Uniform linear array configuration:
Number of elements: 8
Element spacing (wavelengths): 0.5
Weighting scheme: exponential
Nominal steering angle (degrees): -30
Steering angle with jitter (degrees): -31.097
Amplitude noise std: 0.05
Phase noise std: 0.05

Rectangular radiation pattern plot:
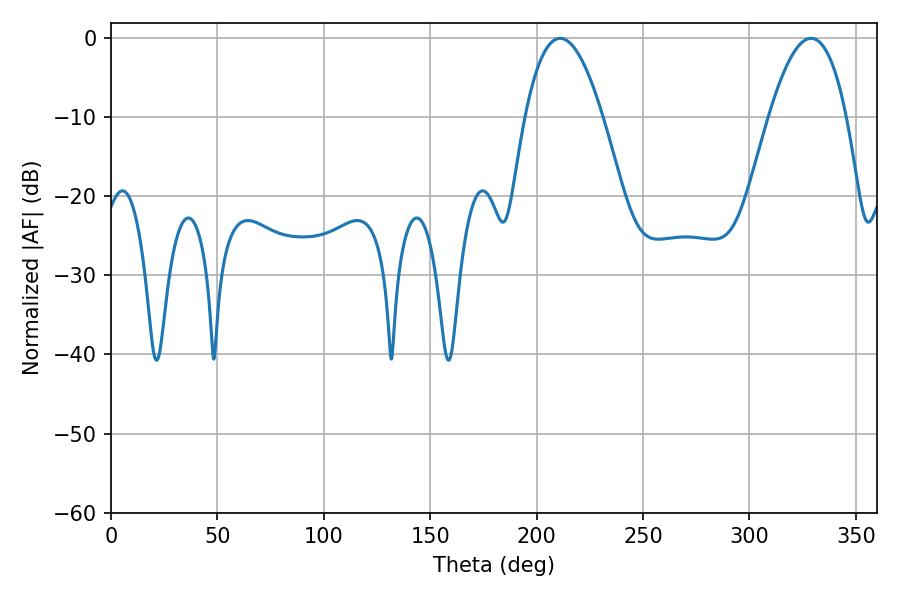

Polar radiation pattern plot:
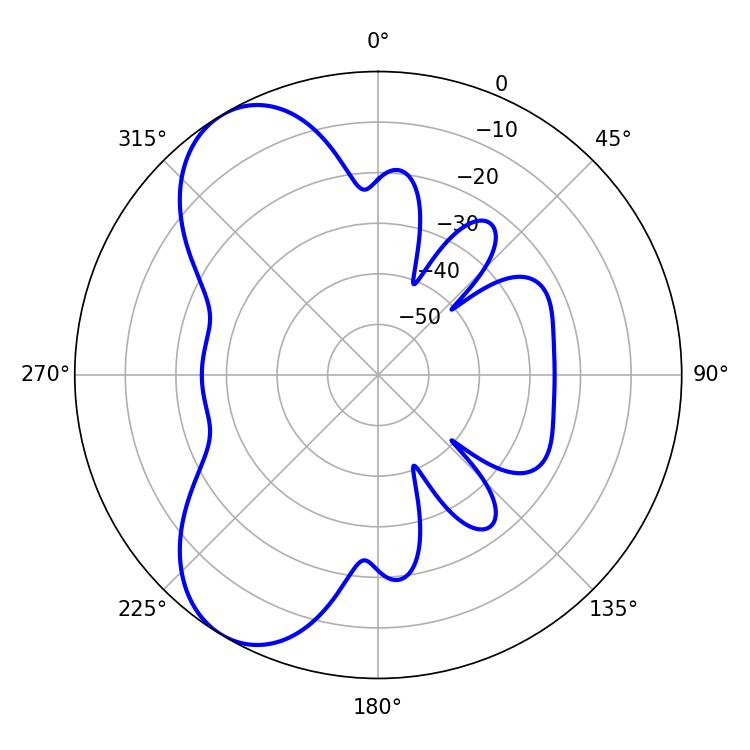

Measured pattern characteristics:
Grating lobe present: FALSE
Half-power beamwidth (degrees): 19.98
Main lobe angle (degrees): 210.96